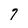
Character: q